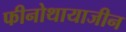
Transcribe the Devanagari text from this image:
फीनोथायाजीन